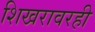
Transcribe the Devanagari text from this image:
शिखरावरही